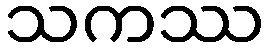
သကဿ